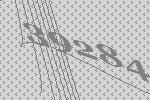
39284